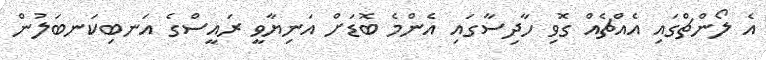
އެ ލޯންޗްގައި އެއްޗެއް ގޮވި ހާދިސާގައި އެންމެ ބޮޑަށް އަނިޔާވީ ރައީސްގެ އަނބިކަނބަލުން